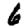
Digit: 6